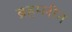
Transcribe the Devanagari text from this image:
ब्रहम्लीन